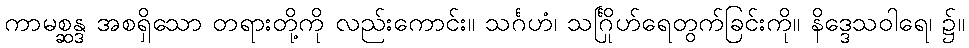
ကာမစ္ဆန္ဒ အစရှိသော တရားတို့ကို လည်းကောင်း။ သင်္ဂဟံ၊ သင်္ဂြိုဟ်ရေတွက်ခြင်းကို။ နိဒ္ဒေသဝါရေ၊ ၌။